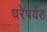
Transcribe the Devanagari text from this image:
धरेपर्यंत